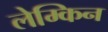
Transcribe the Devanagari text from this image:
लेम्किन